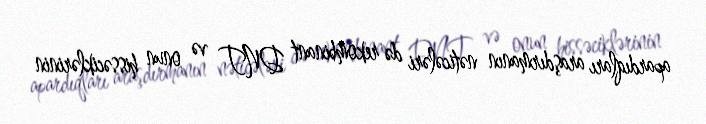
apardıqları araşdırmanın nəticələri də rekombinant DNT və onun hissəciklərinin